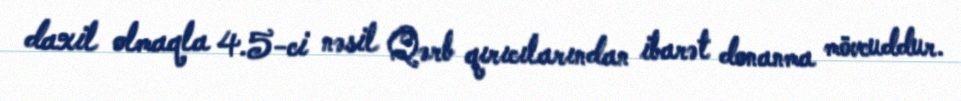
daxil olmaqla 4.5-ci nəsil Qərb qırıcılarından ibarət donanma mövcuddur.